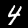
Label: 4